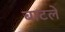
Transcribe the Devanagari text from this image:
बाटले